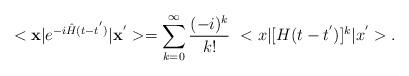
LaTeX: \begin{align*}<{\bf x}\vert e^{-i {\hat H} (t-t^{'})}\vert {\bf x}^{'}>= \sum_{k=0}^{\infty} \frac{(-i)^k}{k!}\,\, <x\vert [H (t-t^{'})]^k \vert x^{'}>. \end{align*}